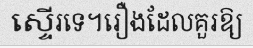
ស្ទើរទេ។រឿងដែលគួរឱ្យ